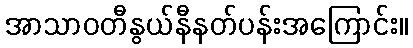
အာသာဝတီနွယ်နီနတ်ပန်းအကြောင်း။